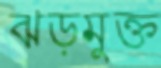
ঝড়মুক্ত